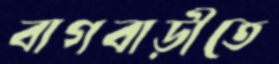
বাগবাড়ীতে